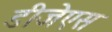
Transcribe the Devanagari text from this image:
डीजेएस